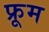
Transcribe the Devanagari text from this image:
फ्रूम